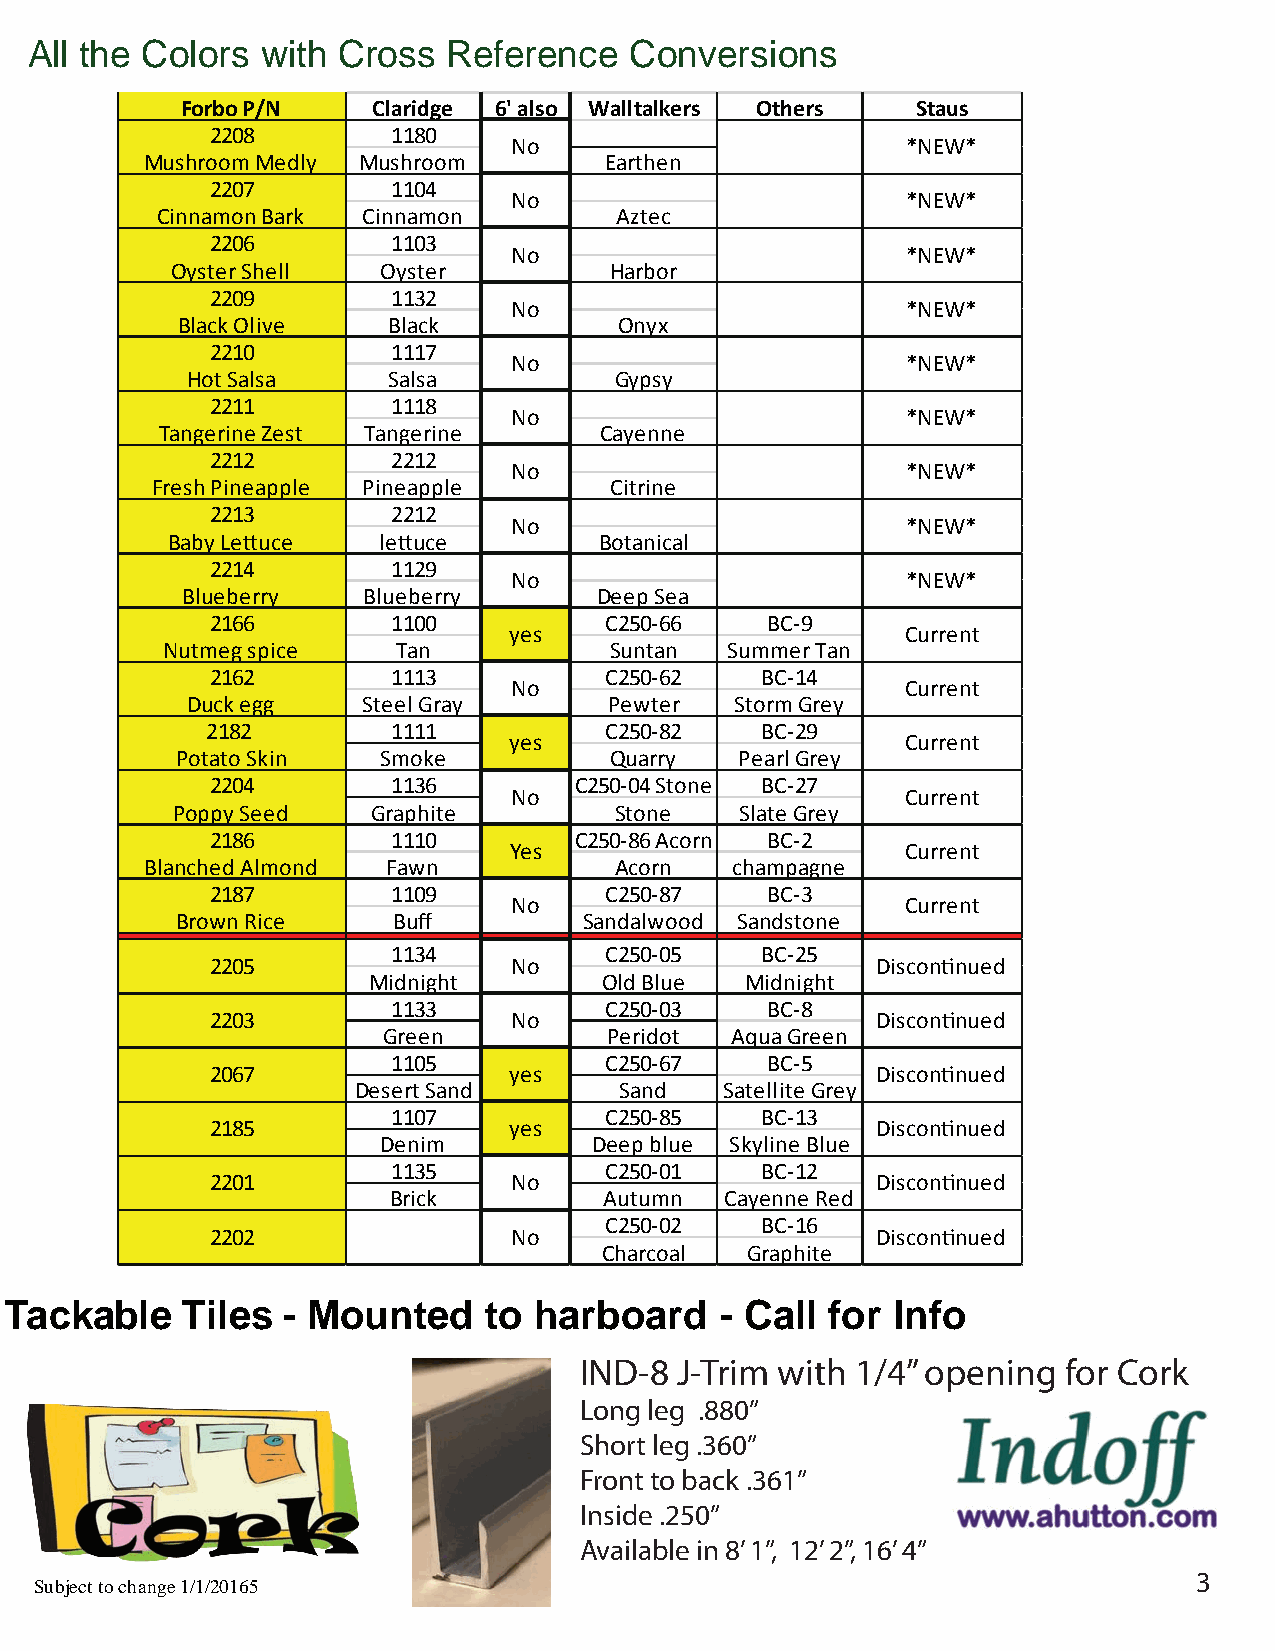
All the Colors with Cross   Reference   Conversions
 Forbo P/N    Claridge 6' also Walltalkers Others Staus
 2208        1180
 No                        *NEW*
 Mushroom Medly Mushroom       E arthen
 2207        1104
 No                        *NEW*
 Cinnamon Bark Cinnamon         Aztec
 2206        1103
 No                        *NEW*
 Oyster Shell  Oyster         Harbor
 2209        1132
 No                        *NEW*
 Black Olive   Black          Onyx
 2210        1117
 No                        *NEW*
 Hot Salsa     Salsa          Gypsy
 2211        1118
 No                        *NEW*
 Tangerine Zest Tangerine      Cayenne
 2212        2212
 No                        *NEW*
 Fresh Pineapple Pineapple     Citrine
 2213        2212
 No                        *NEW*
 Baby Lettuce  lettuce        Botanical
 2214        1129
 No                        *NEW*
 Blueberry   Blueberry       Deep Sea
 2166        1100          C250-66    BC-9
 yes                       Current
 Nutmeg spice   Tan           Suntan  Summer Tan
 2162        1113          C250-62   BC-14
 No                        Current
 Duck egg    Steel Gray      Pewter   Storm Grey
 2182        1111          C250-82   BC-29
 yes                       Current
 Potato Skin  Smoke          Quarry   Pearl Grey
 2204        1136        C250-04 Stone BC-27
 No                        Current
 Poppy Seed    Graphite        Stone   Slate Grey
 2186        1110        C250-86 Acorn BC-2
 Yes                       Current
 Blanched Almond Fawn           Acorn  champagne
 2187        1109          C250-87    BC-3
 No                        Current
 Brown Rice    Buff         Sandalwood Sandstone
 1134          C250-05   BC-25
 2205                No                      Discontinued
 Midnight        Old Blue Midnight
 1133          C250-03    BC-8
 2203                No                      Discontinued
 Green          Peridot Aqua Green
 1105          C250-67    BC-5
 2067                yes                     Discontinued
 Desert Sand       Sand   Satellite Grey
 1107          C250-85   BC-13
 2185                yes                     Discontinued
 Denim         Deep blue Skyline Blue
 1135          C250-01   BC-12
 2201                No                      Discontinued
 Brick         Autumn  Cayenne Red
 C250-02   BC-16
 2202                No                      Discontinued
 Charcoal Graphite
 Tackable    Tiles  - Mounted    to harboard     - Call for Info
 IND-8  J-Trim with 1/4” opening  for Cork
 Long leg .880”
 Short leg .360”
 Front to back .361”
 Inside .250”
 Available in 8’ 1”, 12’ 2”, 16’ 4”
 3
 Subject to change 1/1/20165